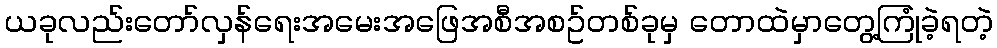
ယခုလည်းတော်လှန်ရေးအမေးအဖြေအစီအစဥ်တစ်ခုမှ တောထဲမှာတွေ့ကြုံခဲ့ရတဲ့